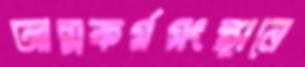
আত্মকর্মসংস্থানে